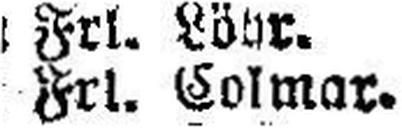
Frl. Colmar.